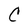
Character: C